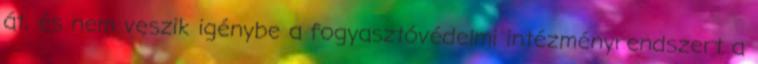
át, és nem veszik igénybe a fogyasztóvédelmi intézményrendszert a